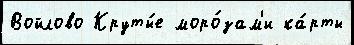
Войлово Круты́е моро́зам'и ка́рты